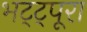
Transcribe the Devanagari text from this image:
भट्ट्पूरा